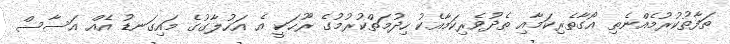
ތަފާތުކުރުމެއްނެތި އޯގާތެރިކަމާއި ތެދުވެރިކަމާއެކު ހިދުމަތްކުރުމުގެ ރޫޙަކީ އެ އަހުލާގުގެ މައިގަނޑު އެއް އަސާސް